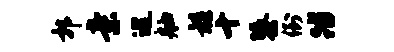
郭亲巡舳髓十隳倒踏